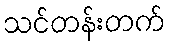
သင်တန်းတက်